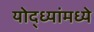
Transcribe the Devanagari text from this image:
योद्ध्यांमध्ये